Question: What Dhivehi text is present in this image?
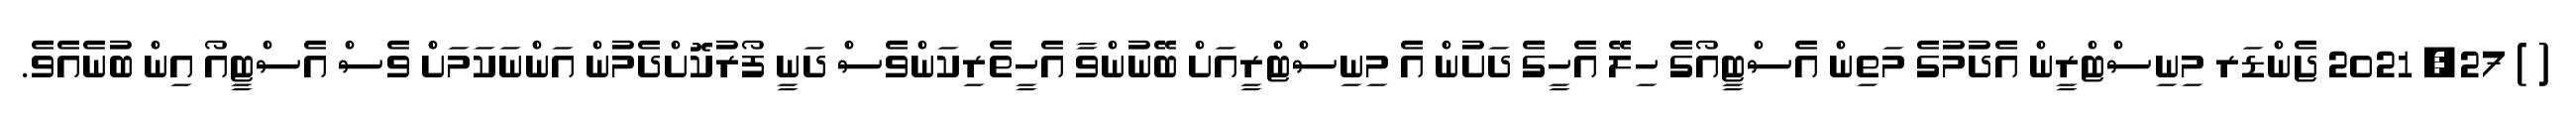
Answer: ( ) 27, 2021 ޖެންޑަރ މިނިސްޓްރީން އެދުމުގެ މަތިން އެސްޓީއޯގެ ހިލޭ އެހީގެ ދަށުން އެ މިނިސްޓްރީއަށް ބޭނުންވާ އެހީތެރިކަންވެސް ދަނީ ފޯރުކޮށްދެމުން އަންނަކަމަށް ވެސް އެސްޓީއޯ އިން ބުނެއެވެ.